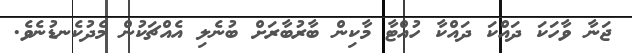
ޖަނާ ވާހަކަ ދައްކަ ދައްކާ ހުއްޓާ މާކިން ބާރުބާރަށް ބުނެލި އެއްޗަކުން މެދުކެނޑުނެވެ.